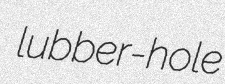
lubber-hole